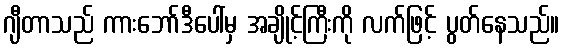
ဂျီတာသည် ကားဘော်ဒီပေါ်မှ အချိုင့်ကြီးကို လက်ဖြင့် ပွတ်နေသည်။